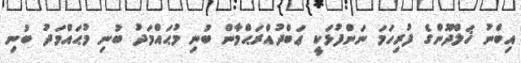
އިބްނު ޚަލްދޫންގެ ފުރިހަމަ ނަންފުޅަކީ ޢަބްދުއްރަޙްމާން ބުނި މުޙައްމަދު ބުނި މުޙައްމަދު ބުނި